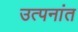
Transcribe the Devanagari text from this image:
उत्पनांत